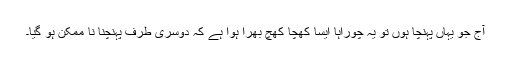
آج جو یہاں پہنچا ہوں تو یہ چوراہا ایسا کھچا کھچ بھرا ہوا ہے کہ دوسری طرف پہنچنا نا ممکن ہو گیا۔